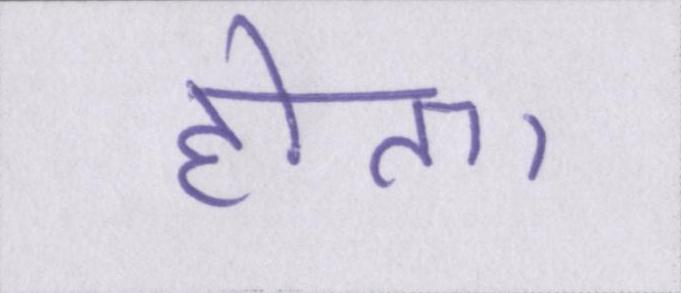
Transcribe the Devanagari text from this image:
होता।